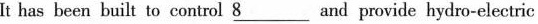
It has been built to control \underline{8} and provide hydro-electric